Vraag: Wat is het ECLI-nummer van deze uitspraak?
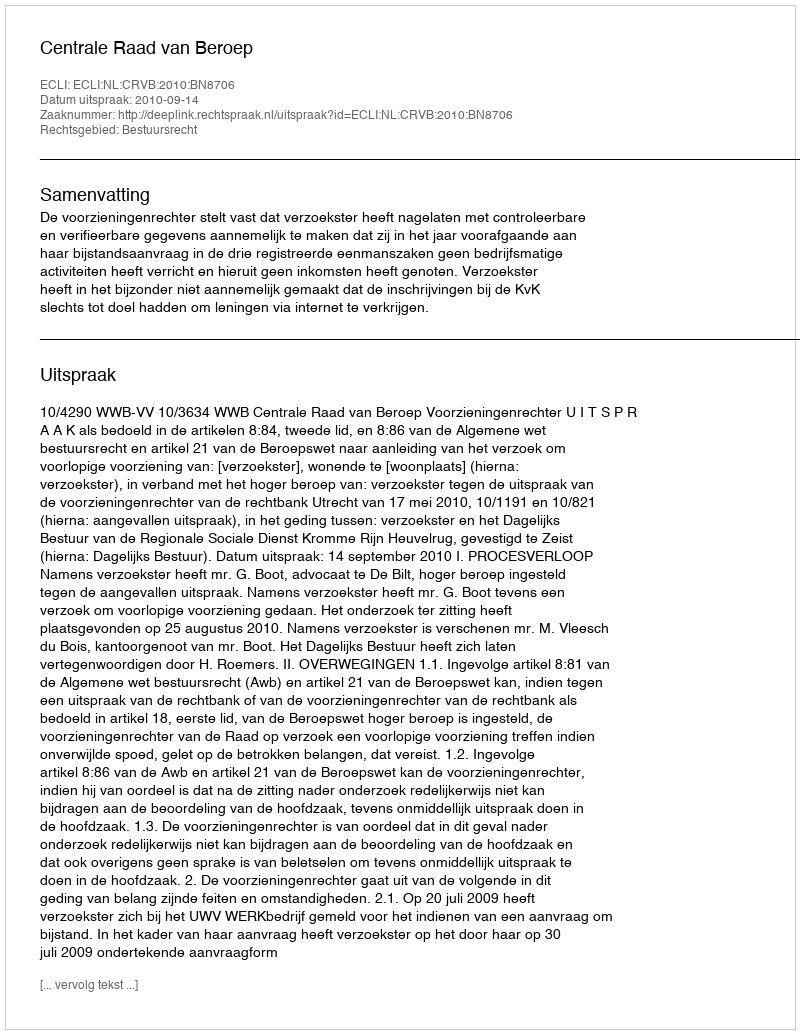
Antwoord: ECLI:NL:CRVB:2010:BN8706